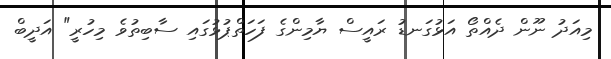
މިއަދު ނޫން ދެއްތޯ އަޅުގަނޑު ރައީސް ޔާމިންގެ ފަހަތްޕުޅުގައި ސާބިތުވެ މިހުރީ" އަދީބް